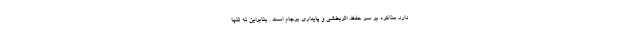
دارد مذاكره بر سر حفظ، اثربخشي و پايداري برجام است . بنابراين نه تنها